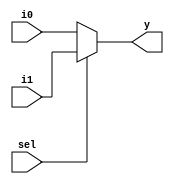
module mux2to1 #(parameter n=32)(i0,i1,sel,y);
    input [n-1:0] i0,i1;
    input sel;
    output [n-1:0] y;
    assign y = sel ? i1 : i0;
endmodule

module mux3to1 #(parameter n=32)(i0,i1,i2,sel,y);
    input [n-1:0] i0,i1,i2;
    input [1:0] sel;
    output [n-1:0] y;
    assign y = sel[1] ? i2 : (sel[0] ? i1 : i0);
endmodule